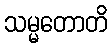
သမ္မတောတိ